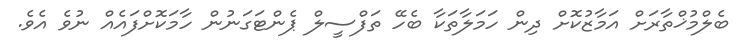
ބެލްމުޚްތާރަށް އަމާޒުކޮށް ދިން ހަމަލާތަކާ ބެހޭ ތަފްސީލް ޕެންޓަގަނުން ހާމަކޮށްފައެއް ނުވެ އެވެ.